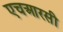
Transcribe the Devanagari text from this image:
एचआरसी